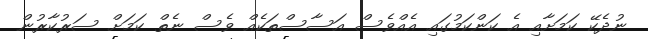
ނުދެކޭ ކަމަށާއި އެ ކަންކަމުގައި އެއްވެސް އަސާސްތަކެއް ވެސް ނެތް ކަމަށް ސަރުކާރުން